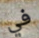
في